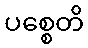
ပစ္စေတိ